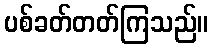
ပစ်ခတ်တတ်ကြသည်။